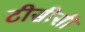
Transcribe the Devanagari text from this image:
टीसीसी